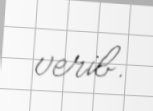
verib.